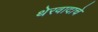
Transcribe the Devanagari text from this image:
थेरवादाचे